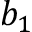
b _ { 1 }